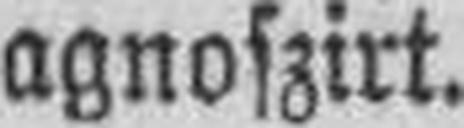
agnoszirt.